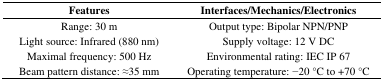
<table><thead><tr><td><b>Features</b></td><td><b>Interfaces/Mechanics/Electronics</b></td></tr></thead><tbody><tr><td>Range: 30 m</td><td>Output type: Bipolar NPN/PNP</td></tr><tr><td>Light source: Infrared (880 nm)</td><td>Supply voltage: 12 V DC</td></tr><tr><td>Maximal frequency: 500 Hz</td><td>Environmental rating: IEC IP 67</td></tr><tr><td>Beam pattern distance: ≈35 mm</td><td>Operating temperature: −20 °C to +70 °C</td></tr></tbody></table>